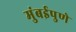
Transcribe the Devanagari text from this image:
मुंबईपुणे